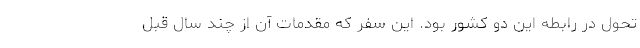
تحول در رابطه این دو کشور بود. این سفر که مقدمات آن از چند سال قبل